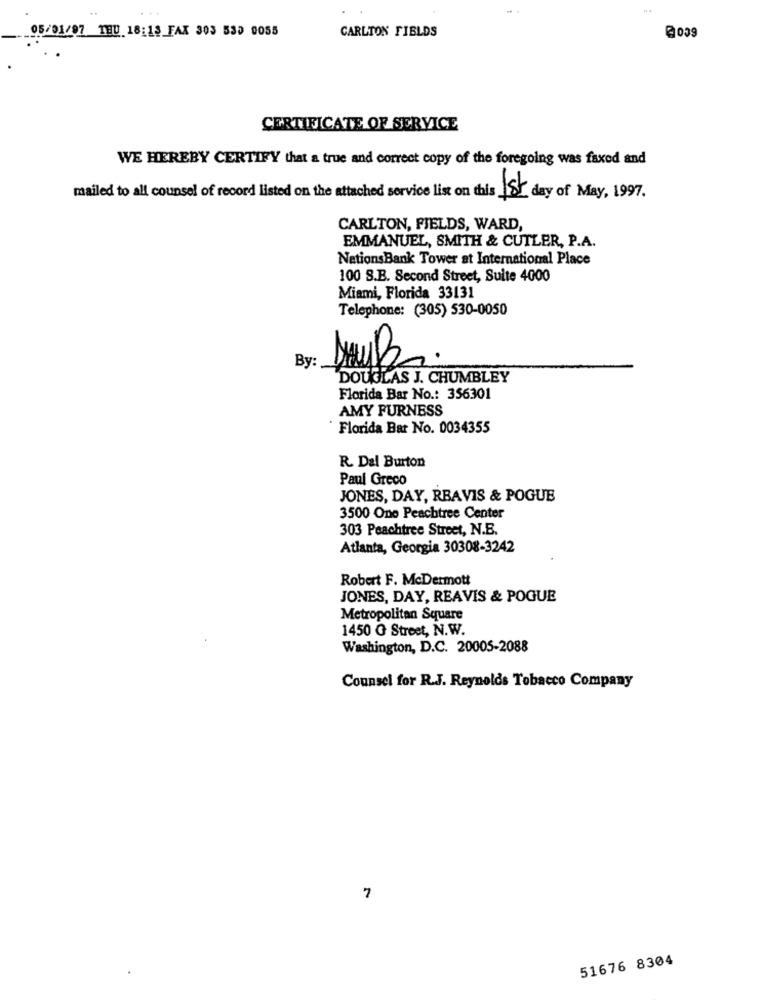
05/01/97 TEU 18:13 FAX 303 539 0055
CARLTON FIELDS
@039
CERTIFICATE OF SERVICE
WE HEREBY CERTIFY that a true and correct copy of the foregoing was faxed and
mailed to all counsel of record listed on the attached service list on this 1St day of May, 1997.
CARLTON, FIELDS, WARD,
EMMANUEL, SMITH & CUTLER, P.A.
NationsBank Tower at International Place
100 S.B. Second Street, Suite 4000
Miami, Florida 33131
Telephone: (305) 530-0050
By
DOUGLAS J. CHUMBLEY
Florida Bar No .: 356301
AMY FURNESS
Florida Bar No. 0034355
R. Dal Burton
Paul Greco
JONES, DAY, RBAVIS & POGUE
3500 Ono Peachtree Center
303 Peachtree Street, N.B.
Atlanta, Georgia 30308-3242
Robert F. McDermott
JONES, DAY, REAVIS & POGUE
Metropolitan Square
1450 G Street, N.W.
Washington, D.C. 20005-2088
Counsel for R.J. Reynolds Tobacco Company
7
51676 8304